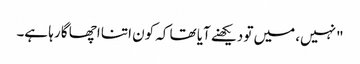
"نہیں، میں تو دیکھنے آیا تھا کہ کون اتنا اچھا گا رہا ہے۔